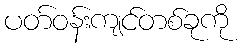
ပတ်ဝန်းကျင်တစ်ခုကို